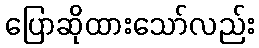
ပြောဆိုထားသော်လည်း